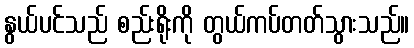
နွယ်ပင်သည် စည်းရိုးကို တွယ်ကပ်တတ်သွားသည်။